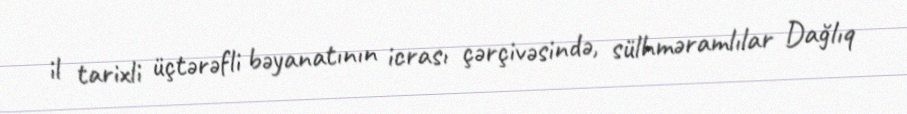
il tarixli üçtərəfli bəyanatının icrası çərçivəsində, sülhməramlılar Dağlıq